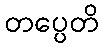
တပ္ပေတိ